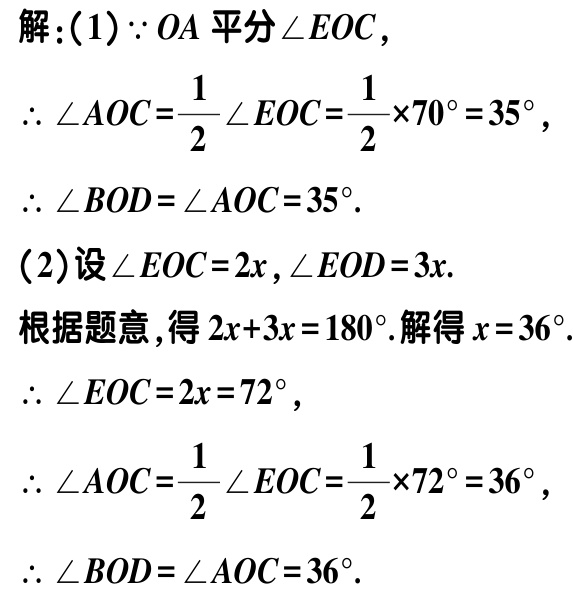
解：(1)$\because OA$平分$\angle EOC$，

$\therefore \angle AOC=\dfrac{1}{2}\angle EOC=\dfrac{1}{2}\times70^{\circ}=35^{\circ}$，

$\therefore \angle BOD=\angle AOC = 35^{\circ}$.

(2)设$\angle EOC = 2x$，$\angle EOD = 3x$.

根据题意，得$2x + 3x = 180^{\circ}$.解得$x = 36^{\circ}$.

$\therefore \angle EOC = 2x = 72^{\circ}$，

$\therefore \angle AOC=\dfrac{1}{2}\angle EOC=\dfrac{1}{2}\times72^{\circ}=36^{\circ}$，

$\therefore \angle BOD=\angle AOC = 36^{\circ}$.